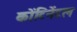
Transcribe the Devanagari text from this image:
कोंटिनेंटल